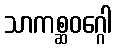
သာကစ္ဆဝဂ္ဂေါ